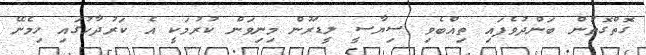
ގޮތްގޮތުން ބަންދުވެފައި ތިއްބެވި ސިޔާސީ ލީޑަރުން މިނިވަން ކުރުމަކީ އެ ކަރުދާހުގައި ހިމެނޭ